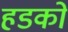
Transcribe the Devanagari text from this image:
हडको